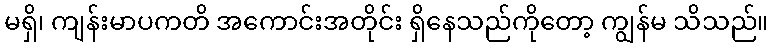
မရှိ၊ ကျန်းမာပကတိ အကောင်းအတိုင်း ရှိနေသည်ကိုတော့ ကျွန်မ သိသည်။